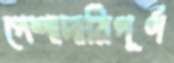
পেশাদারিপূর্ণ